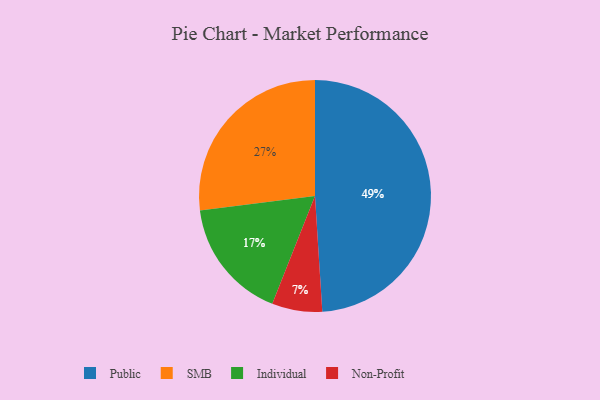
{"axis": {"x": "Category", "y": "Percentage"}, "legend": ["Individual", "Non-Profit", "Public", "SMB"], "data": [{"x": "Individual", "y": 17, "type": "Individual"}, {"x": "Public", "y": 49, "type": "Public"}, {"x": "SMB", "y": 27, "type": "SMB"}, {"x": "Non-Profit", "y": 7, "type": "Non-Profit"}]}